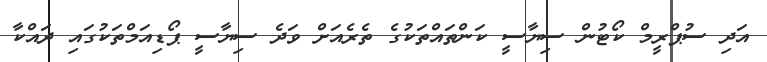
އަދި ސުޕްރީމް ކޯޓުން ސިޔާސީ ކަންތައްތަކުގެ ތެރެއަށް ވަދެ ސިޔާސީ ޕޯޑިއަމްތަކުގައި ދައްކާ